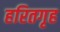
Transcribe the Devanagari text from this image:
हरितगृह